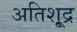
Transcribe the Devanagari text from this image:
अतिशू्द्र